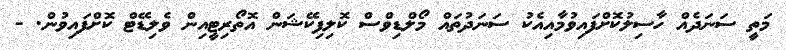
މަތީ ސަނަދެއް ހާސިލުކޮށްފައިވުމާއިއެކު ސަނަދުތައް މޯލްޑިވްސް ކޮލިފިކޭޝަން އޮތޯރިޓީއިން ވެލިޑޭޓް ކޮށްފައިވުން. -